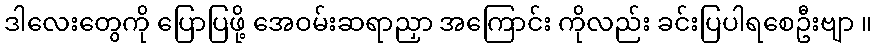
ဒါလေးတွေကို ပြောပြဖို့ အေဝမ်းဆရာညှာ အကြောင်း ကိုလည်း ခင်းပြပါရစေဦးဗျာ ။